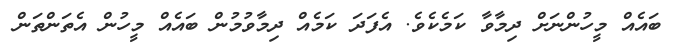
ބައެއް މީހުންނަށް ދިމާވާ ކަމެކެވެ. އެފަދަަ ކަމެއް ދިމާވުމުން ބައެއް މީހުން އެތަންތަން